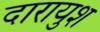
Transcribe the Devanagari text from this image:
दारायुश